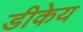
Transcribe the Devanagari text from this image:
डीकेय